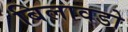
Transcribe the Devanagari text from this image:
बिलावडो